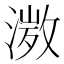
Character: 𭱾